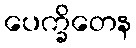
ပေက္ခိတေန